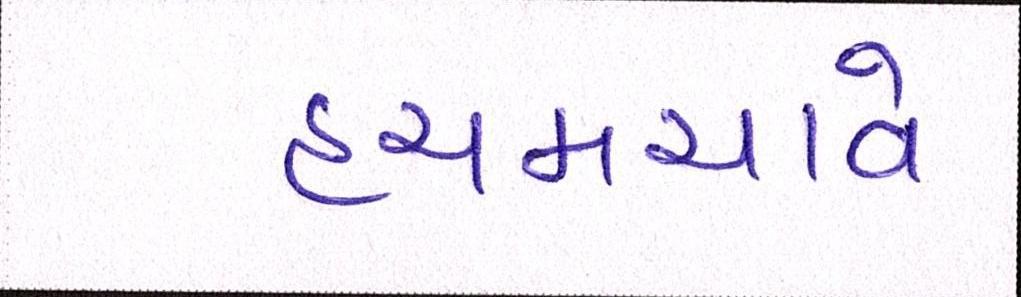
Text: હચમચાવે